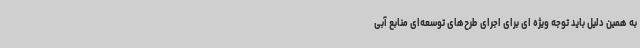
به همین دلیل باید توجه ویژه ای برای اجرای طرح‌های توسعه‌ای منابع آبی